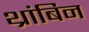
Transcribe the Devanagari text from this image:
थ्रांबिन